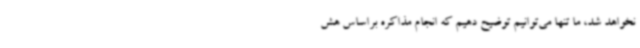
نخواهد شد، ما تنها می‌توانیم توضیح دهیم که انجام مذاکره براساس هش